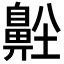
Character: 𪖜